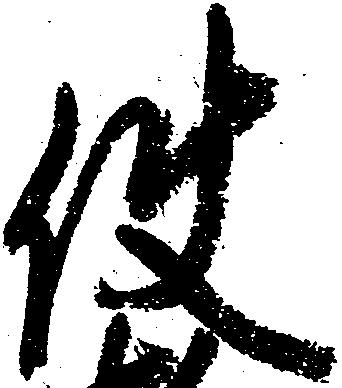
使